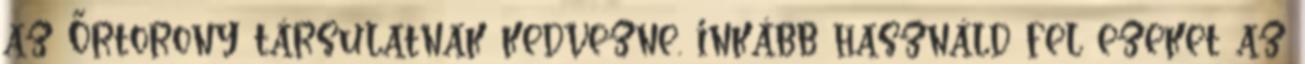
az Őrtorony társulatnak kedvezne. inkább használd fel ezeket az